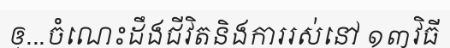
ឲ្...ចំណេះដឹងជីវិតនិងការរស់នៅ ១៣វិធី